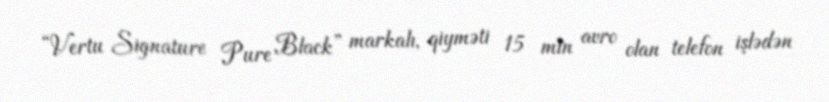
“Vertu Signature Pure Black” markalı, qiyməti 15 min avro olan telefon işlədən